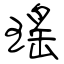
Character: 瑤